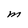
Character: M